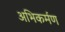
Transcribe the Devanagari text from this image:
अभिकर्मण